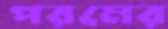
পরমের